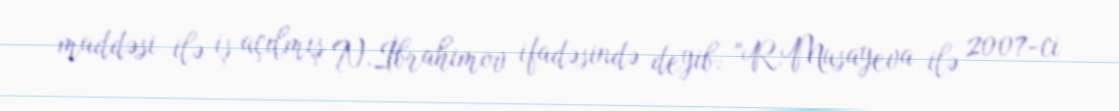
maddəsi ilə iş açılmış N.İbrahimov ifadəsində deyib: "R.Musayeva ilə 2007-ci